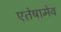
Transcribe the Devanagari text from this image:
एतेषामेव